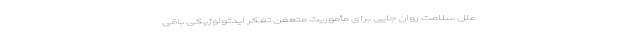
علل سلامت روان جایی برای مأموریتِ متعفّنِ تفکرِ ایدئولوژیکی باقی